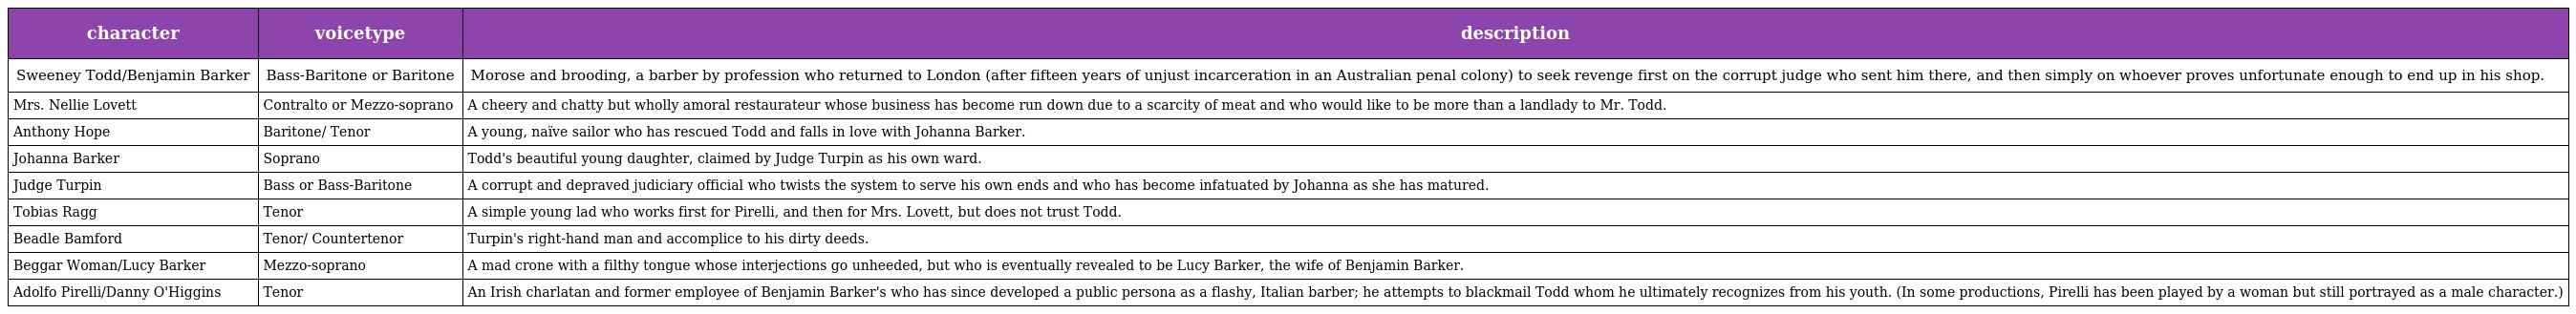
| character | voicetype | description |
 | --- | --- | --- |
 | Sweeney Todd/Benjamin Barker | Bass-Baritone or Baritone | Morose and brooding, a barber by profession who returned to London (after fifteen years of unjust incarceration in an Australian penal colony) to seek revenge first on the corrupt judge who sent him there, and then simply on whoever proves unfortunate enough to end up in his shop. |
 | Mrs. Nellie Lovett | Contralto or Mezzo-soprano | A cheery and chatty but wholly amoral restaurateur whose business has become run down due to a scarcity of meat and who would like to be more than a landlady to Mr. Todd. |
 | Anthony Hope | Baritone/ Tenor | A young, naïve sailor who has rescued Todd and falls in love with Johanna Barker. |
 | Johanna Barker | Soprano | Todd's beautiful young daughter, claimed by Judge Turpin as his own ward. |
 | Judge Turpin | Bass or Bass-Baritone | A corrupt and depraved judiciary official who twists the system to serve his own ends and who has become infatuated by Johanna as she has matured. |
 | Tobias Ragg | Tenor | A simple young lad who works first for Pirelli, and then for Mrs. Lovett, but does not trust Todd. |
 | Beadle Bamford | Tenor/ Countertenor | Turpin's right-hand man and accomplice to his dirty deeds. |
 | Beggar Woman/Lucy Barker | Mezzo-soprano | A mad crone with a filthy tongue whose interjections go unheeded, but who is eventually revealed to be Lucy Barker, the wife of Benjamin Barker. |
 | Adolfo Pirelli/Danny O'Higgins | Tenor | An Irish charlatan and former employee of Benjamin Barker's who has since developed a public persona as a flashy, Italian barber; he attempts to blackmail Todd whom he ultimately recognizes from his youth. (In some productions, Pirelli has been played by a woman but still portrayed as a male character.) |